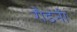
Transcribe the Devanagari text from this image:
रौडनी